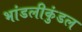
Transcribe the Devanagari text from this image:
भांडलीकुंडल